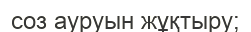
соз ауруын жұқтыру;